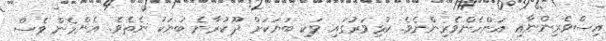
އިސްވެރިންނާއި އަންހެންވެރިންނެވެ. ކުޅިވަރުގައި ވަކި ބަޔަކަށް ދޫކުރާނެ ބަޔަކު ނެތެވެ. އެންމެން ވެސް